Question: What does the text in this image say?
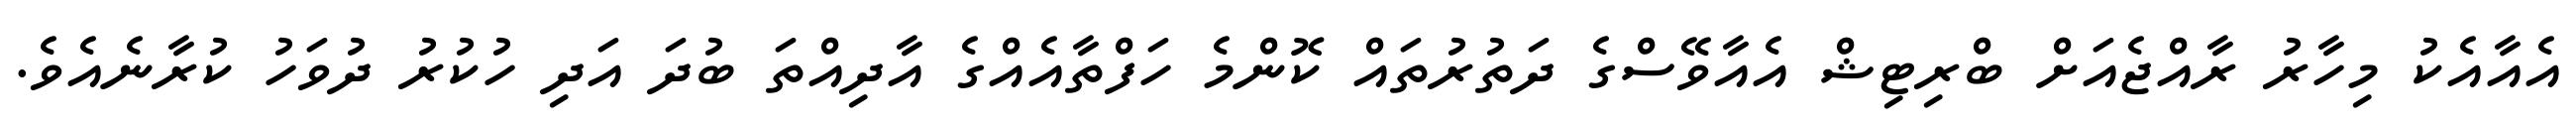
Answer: އެއާއެކު މިހާރު ރާއްޖެއަށް ބްރިޓިޝް އެއާވޭސްގެ ދަތުރުތައް ކޮންމެ ހަފްތާއެއްގެ އާދިއްތަ ބުދަ އަދި ހުކުރު ދުވަހު ކުރާނެއެވެ.